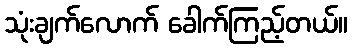
သုံးချက်လောက် ခေါက်ကြည့်တယ်။